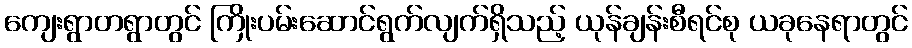
ကျေးရွာတရွာတွင် ကြိုးပမ်းဆောင်ရွက်လျက်ရှိသည့် ယုန်ချန်းစီရင်စု ယခုနေရာတွင်